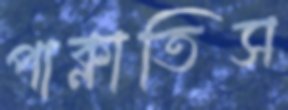
পাক্‌লাতিস